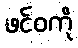
ဖင်ဝကို